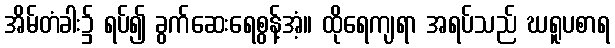
အိမ်တံခါး၌ ရပ်၍ ခွက်ဆေးရေစွန့်အံ့။ ထိုရေကျရာ အရပ်သည် ဃရူပစာရ